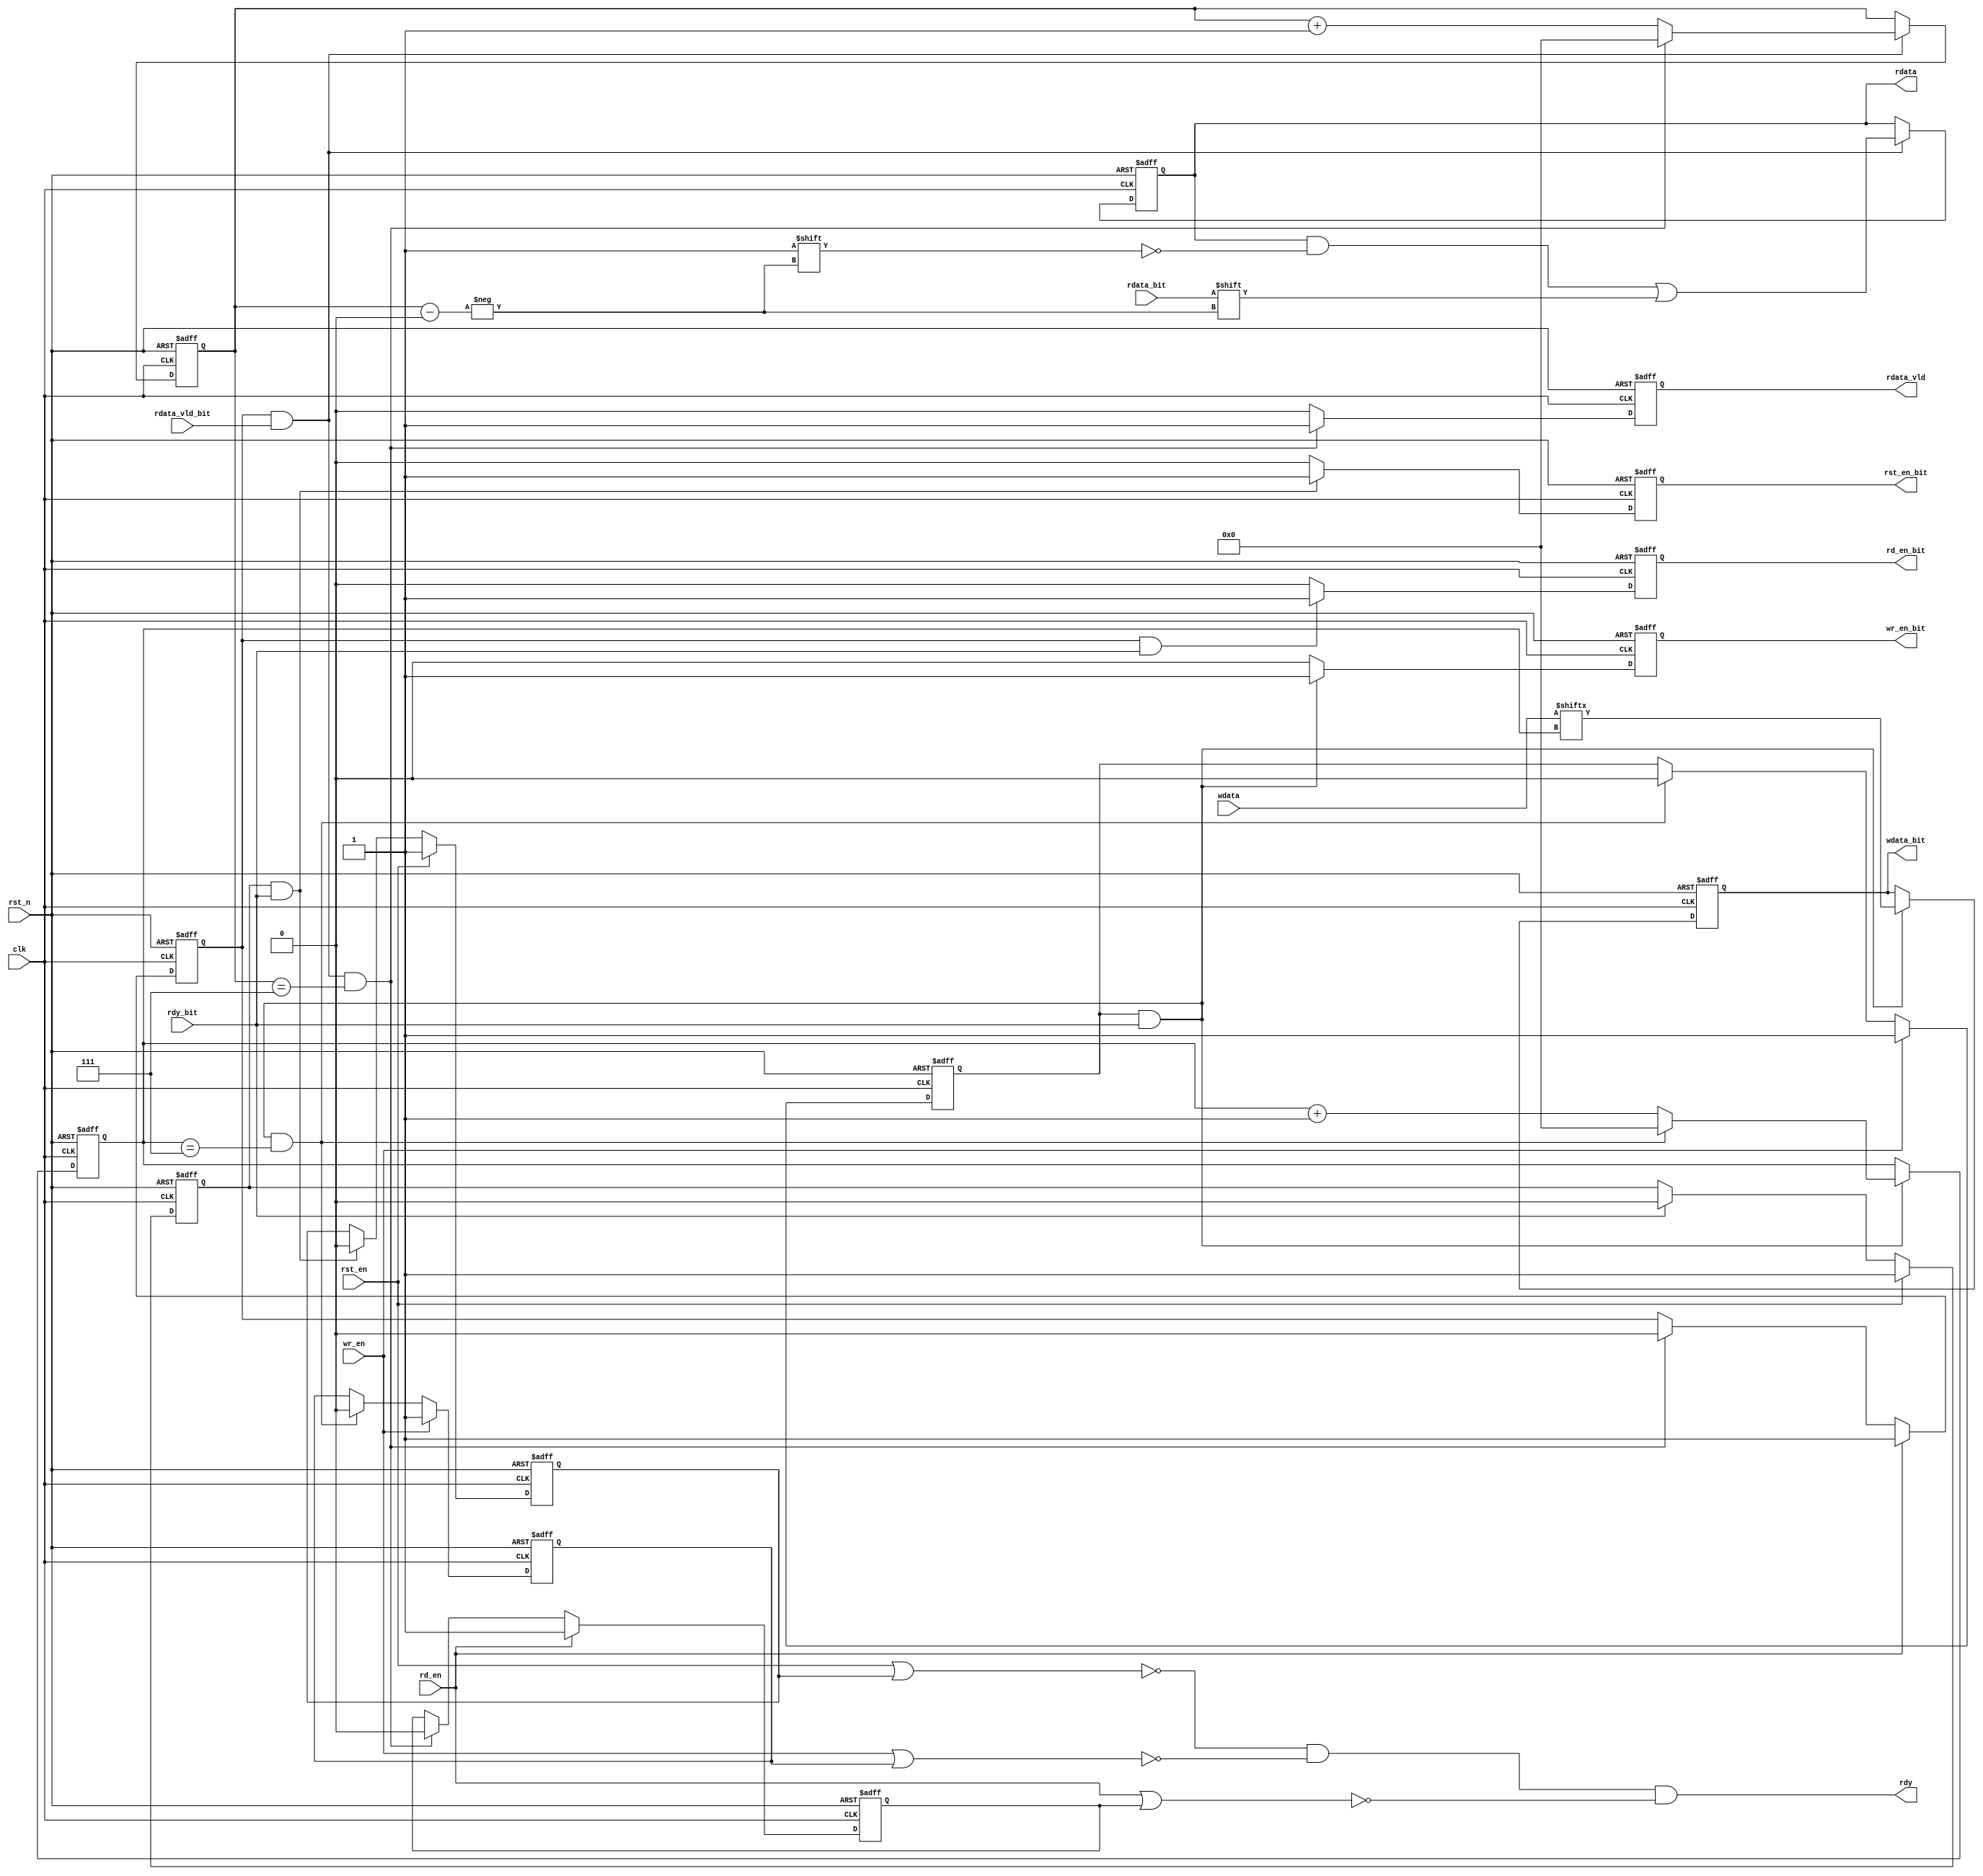
module  ds_intf_byte(
         clk       ,
         rst_n     ,
         rst_en    ,
         wr_en     ,
         wdata     ,
         rd_en     ,
         rdata     ,
         rdata_vld ,
         rdy       ,         
         rst_en_bit,
         wr_en_bit ,
         wdata_bit ,
         rd_en_bit ,
         rdata_bit ,      
         rdata_vld_bit,
         rdy_bit         
        );

input         clk       ;
input         rst_n     ;
input         rst_en    ;
input         wr_en     ;
input [7:0]   wdata     ;
input         rd_en     ;
output reg        rst_en_bit;
output reg       wr_en_bit ;
output reg       wdata_bit ;
output reg       rd_en_bit ;
input         rdata_bit ;      
input         rdata_vld_bit;
input         rdy_bit   ;      
output reg [7:0]   rdata     ;
output reg       rdata_vld ;
output        rdy       ; 


reg           flag_rst_en;
reg           flag_rdy;
wire          rdy1;

reg           flag_wr_en;
reg  [3:0]    cnt;
wire          add_cnt;
wire          end_cnt;

wire          rdy2;
reg           flag_wr_rdy;

reg           flag_rd_en;
reg  [3:0]    cnt1;
wire          add_cnt1;
wire          end_cnt1;
reg           flag_rd_rdy;

always  @(posedge clk or negedge rst_n)begin
    if(rst_n==1'b0)begin
        flag_rst_en <= 0;
    end
    else if(rst_en == 1) begin
        flag_rst_en <= 1'b1;
    end
    else if(rdy_bit == 1'b1)begin
        flag_rst_en <= 1'b0;
    end
end

always  @(posedge clk or negedge rst_n)begin
    if(rst_n==1'b0)begin
        rst_en_bit <= 1'b0;
    end
    else if(flag_rst_en == 1'b1 && rdy_bit == 1'b1) begin
        rst_en_bit <= 1'b1;
    end
    else begin
        rst_en_bit <= 1'b0;
    end
end

always  @(posedge clk or negedge rst_n)begin
    if(rst_n==1'b0)begin
        flag_rdy <= 1'b0;
    end
    else if(rst_en == 1'b1)begin
        flag_rdy <= 1'b1;
    end
    else if(flag_rst_en == 1'b1 && rdy_bit == 1'b1)begin
        flag_rdy <= 1'b0;
    end
end

assign rdy1 = ~(rst_en | flag_rdy);

// 
always  @(posedge clk or negedge rst_n)begin
    if(rst_n==1'b0)begin
        flag_wr_en <= 1'b0;
    end
    else if(wr_en == 1'b1)begin
        flag_wr_en <= 1'b1;
    end
    else if(end_cnt)begin
        flag_wr_en <= 1'b0;
    end
end

always @(posedge clk or negedge rst_n)begin
    if(!rst_n)begin
        cnt <= 0;
    end
    else if(add_cnt)begin
        if(end_cnt)
            cnt <= 0;
        else
            cnt <= cnt + 1;
    end
end

assign add_cnt = (flag_wr_en == 1'b1 && rdy_bit == 1'b1);       
assign end_cnt = add_cnt && cnt== (8 - 1);   

always  @(posedge clk or negedge rst_n)begin
    if(rst_n==1'b0)begin
        wr_en_bit <= 1'b0;
    end
    else if(add_cnt)begin
        wr_en_bit <= 1'b1;
    end
    else begin
        wr_en_bit <= 1'b0;
    end
end

always  @(posedge clk or negedge rst_n)begin
    if(rst_n==1'b0)begin
        wdata_bit <= 1'b0;
    end
    else if(add_cnt)begin
        wdata_bit <= wdata[cnt];
    end
end

always  @(posedge clk or negedge rst_n)begin
    if(rst_n==1'b0)begin
        flag_wr_rdy <= 1'b0;
    end
    else if(wr_en)begin
        flag_wr_rdy <= 1'b1;
    end
    else if(end_cnt)begin
        flag_wr_rdy <= 1'b0;
    end
end

assign rdy2 = ~(wr_en | flag_wr_rdy);

// 
always  @(posedge clk or negedge rst_n)begin
    if(rst_n==1'b0)begin
        flag_rd_en <= 1'b0;
    end
    else if(rd_en == 1'b1)begin
        flag_rd_en <= 1'b1;
    end
    else if(end_cnt1)begin
        flag_rd_en <= 1'b0;
    end
end

always @(posedge clk or negedge rst_n)begin
    if(!rst_n)begin
        cnt1 <= 0;
    end
    else if(add_cnt1)begin
        if(end_cnt1)
            cnt1 <= 0;
        else
            cnt1 <= cnt1 + 1;
    end
end

assign add_cnt1 = (flag_rd_en == 1'b1 && rdata_vld_bit == 1'b1);     
assign end_cnt1 = add_cnt1 && cnt1== (8 - 1);   

always  @(posedge clk or negedge rst_n)begin
    if(rst_n==1'b0)begin
        rd_en_bit <= 1'b0;
    end
    else if(flag_rd_en == 1'b1 && rdy_bit == 1'b1)begin
        rd_en_bit <= 1'b1;
    end
    else begin
        rd_en_bit <= 1'b0;
    end
end

always  @(posedge clk or negedge rst_n)begin
    if(rst_n==1'b0)begin
        rdata <= 8'h00;
    end
    else if(add_cnt1)begin
        rdata[cnt1] <= rdata_bit;
    end
end

always  @(posedge clk or negedge rst_n)begin
    if(rst_n==1'b0)begin
        rdata_vld <= 1'b0;
    end
    else if(end_cnt1)begin
        rdata_vld <= 1'b1;
    end
    else begin
        rdata_vld <= 1'b0;
    end
end

always  @(posedge clk or negedge rst_n)begin
    if(rst_n==1'b0)begin
        flag_rd_rdy <= 1'b0;
    end
    else if(rd_en == 1'b1)begin
        flag_rd_rdy <= 1'b1;
    end
    else if(end_cnt1)begin
        flag_rd_rdy <= 1'b0;
    end
end

assign rdy3 = ~(rd_en | flag_rd_rdy);

assign rdy = (rdy1 & rdy2 & rdy3);

endmodule